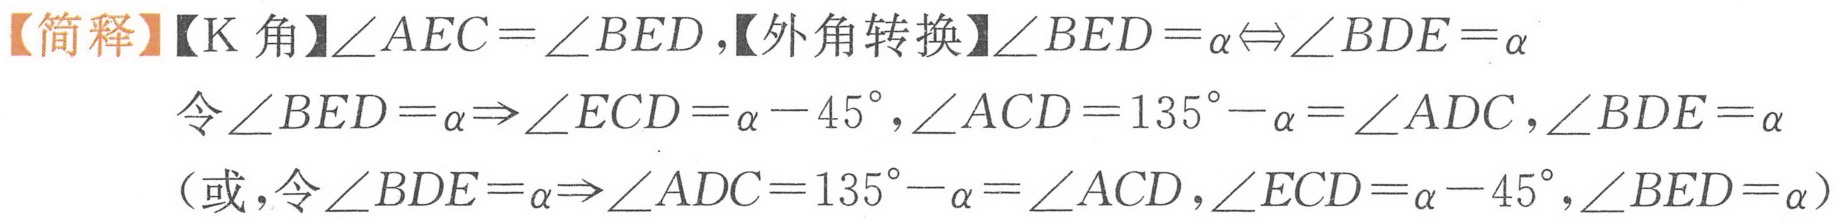
【简释】【K 角】\(\angle AEC = \angle BED\)，【外角转换】\(\angle BED=\alpha\Leftrightarrow\angle BDE = \alpha\)
令\(\angle BED=\alpha\Rightarrow\angle ECD=\alpha - 45^{\circ},\angle ACD = 135^{\circ}-\alpha=\angle ADC,\angle BDE=\alpha\)
（或，令\(\angle BDE=\alpha\Rightarrow\angle ADC = 135^{\circ}-\alpha=\angle ACD,\angle ECD=\alpha - 45^{\circ},\angle BED=\alpha\)）